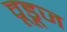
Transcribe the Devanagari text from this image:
वूडूज